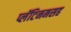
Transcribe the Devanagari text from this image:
प्लॅटिनमसह